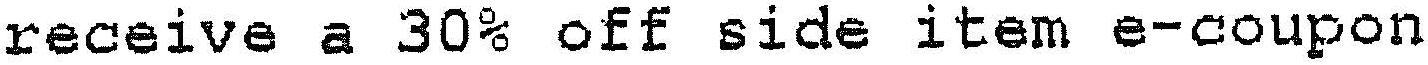
RECEIVE A 30% OFF SIDE ITEM E-COUPON